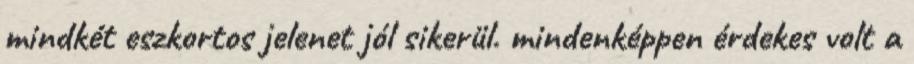
mindkét eszkortos jelenet jól sikerül. mindenképpen érdekes volt a